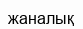
жаналық